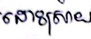
ដោះស្រាយ